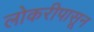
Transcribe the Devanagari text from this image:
लोकरीपासून